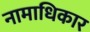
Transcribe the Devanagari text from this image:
नामाधिकार